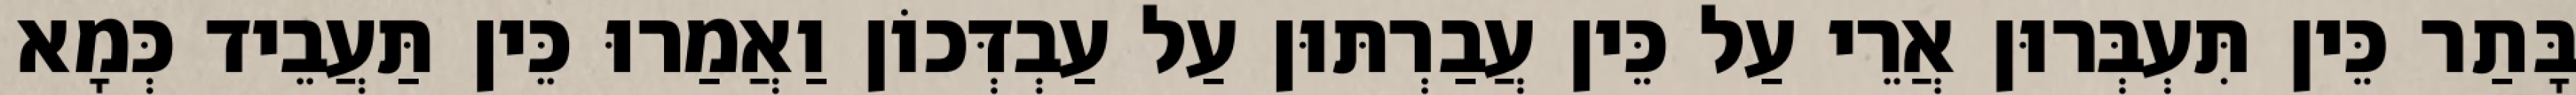
בָּתַר כֵּין תִּעְבְּרוּן אֲרֵי עַל כֵּין עֲבַרְתּוּן עַל עַבְדְּכוֹן וַאֲמַרוּ כֵּין תַּעֲבֵיד כְּמָא